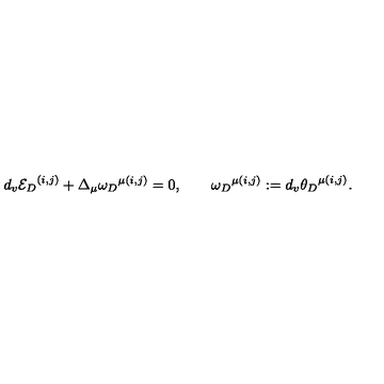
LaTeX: d _ { v } { { \cal E } _ { D } } ^ { ( i , j ) } + \Delta _ { \mu } { \omega _ { D } } ^ { \mu ( i , j ) } = 0 , \qquad { \omega _ { D } } ^ { \mu ( i , j ) } : = d _ { v } { \theta _ { D } } ^ { \mu ( i , j ) } .